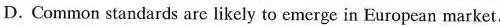
D.Common standards are likely to cmerge in European market.